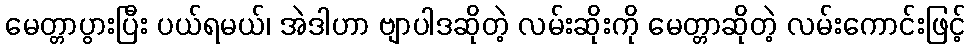
မေတ္တာပွားပြီး ပယ်ရမယ်၊ အဲဒါဟာ ဗျာပါဒဆိုတဲ့ လမ်းဆိုးကို မေတ္တာဆိုတဲ့ လမ်းကောင်းဖြင့်